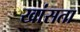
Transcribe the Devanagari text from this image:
खांसता